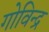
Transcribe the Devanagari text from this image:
गोविन्द्र